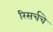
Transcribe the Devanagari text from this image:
रिसर्चचे